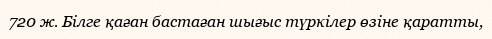
720 ж. Білге қаған бастаған шығыс түркілер өзіне қаратты,